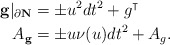
\begin{align*}{\bf g} |_{\partial \bf N} &= \pm u^2 dt^2 + g^\intercal\\A_{\bf g} &= \pm u \nu ( u) dt^2 + A_g.\end{align*}